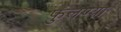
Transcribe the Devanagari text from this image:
फुलण्या